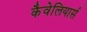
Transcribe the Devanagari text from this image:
कैवेलियार्स